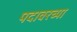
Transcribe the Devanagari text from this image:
पदावरच्या